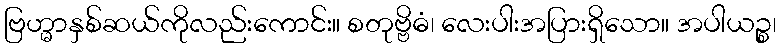
ဗြဟ္မာနှစ်ဆယ်ကိုလည်းကောင်း။ စတုဗ္ဗိဓံ၊ လေးပါးအပြားရှိသော။ အပါယဉ္စ၊